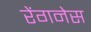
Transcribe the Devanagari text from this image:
रेंगनेस